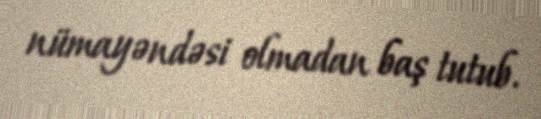
nümayəndəsi olmadan baş tutub.